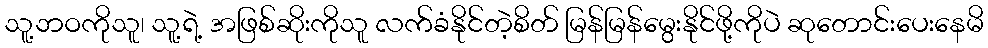
သူ့ဘဝကိုသူ၊ သူ့ရဲ့ အဖြစ်ဆိုးကိုသူ လက်ခံနိုင်တဲ့စိတ် မြန်မြန်မွေးနိုင်ဖို့ကိုပဲ ဆုတောင်းပေးနေမိ